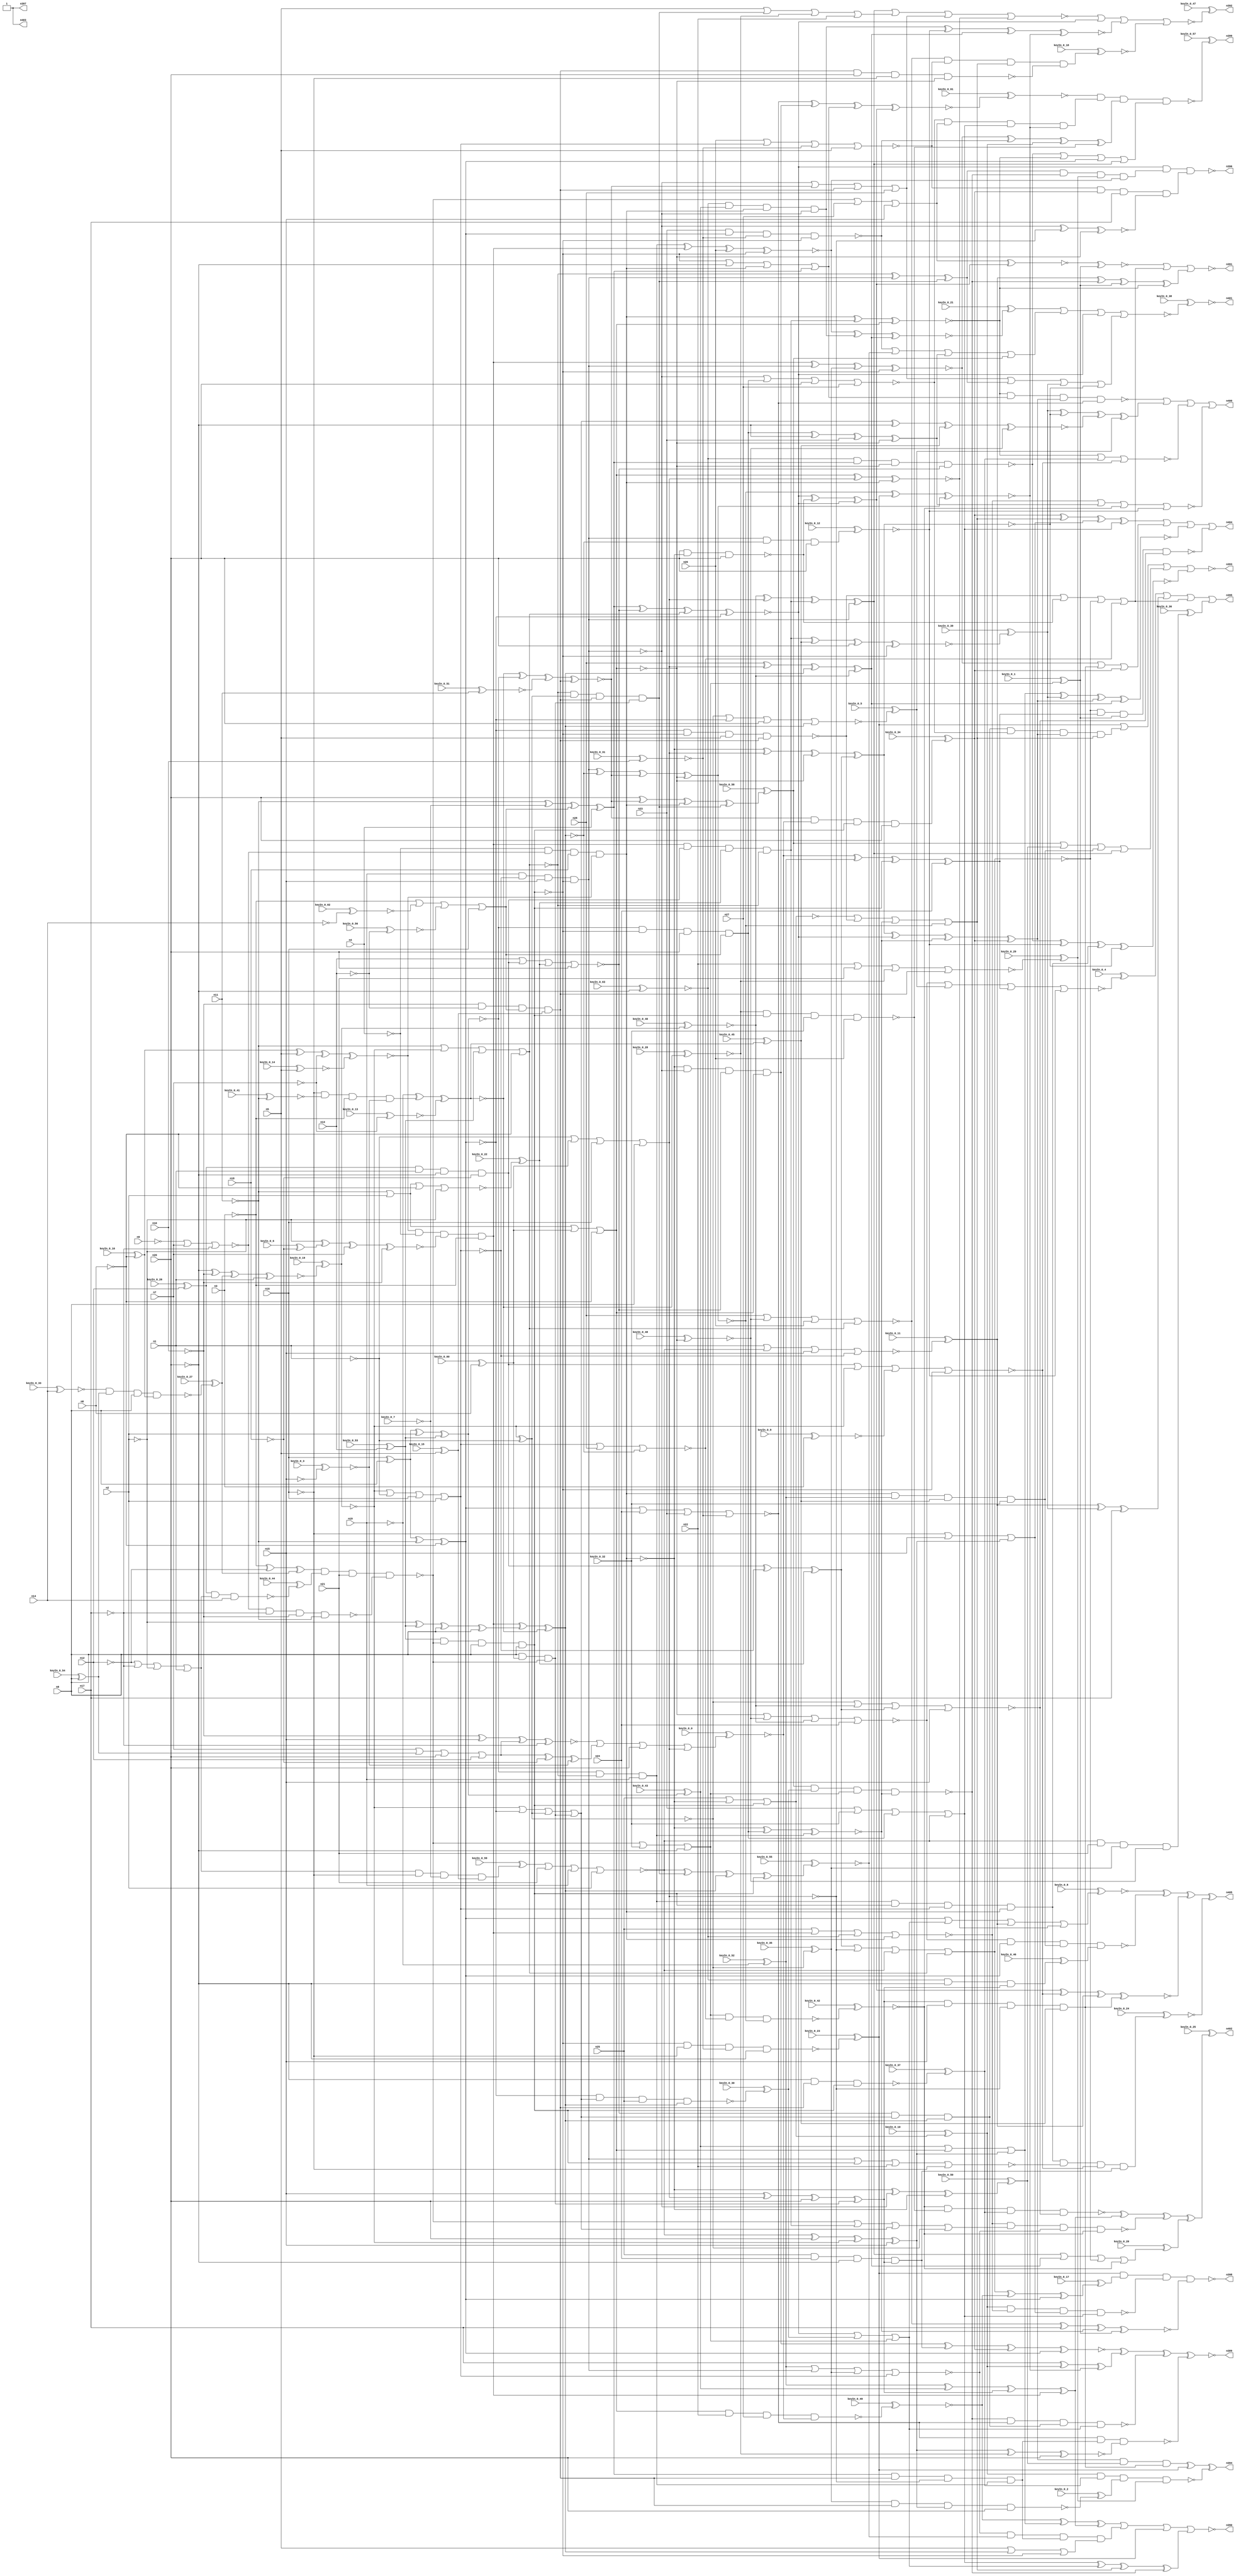


module Stat_377_1329
(
  n1,
  n2,
  n3,
  n4,
  n5,
  n6,
  n7,
  n8,
  n9,
  n10,
  n11,
  n12,
  n13,
  n14,
  n15,
  n16,
  n17,
  n18,
  n19,
  n20,
  n21,
  n22,
  n23,
  n24,
  n25,
  n26,
  n27,
  n28,
  n402,
  n405,
  n395,
  n392,
  n390,
  n397,
  n400,
  n393,
  n403,
  n399,
  n404,
  n401,
  n396,
  n391,
  n389,
  n398,
  n394,
  keyIn_0_0,
  keyIn_0_1,
  keyIn_0_2,
  keyIn_0_3,
  keyIn_0_4,
  keyIn_0_5,
  keyIn_0_6,
  keyIn_0_7,
  keyIn_0_8,
  keyIn_0_9,
  keyIn_0_10,
  keyIn_0_11,
  keyIn_0_12,
  keyIn_0_13,
  keyIn_0_14,
  keyIn_0_15,
  keyIn_0_16,
  keyIn_0_17,
  keyIn_0_18,
  keyIn_0_19,
  keyIn_0_20,
  keyIn_0_21,
  keyIn_0_22,
  keyIn_0_23,
  keyIn_0_24,
  keyIn_0_25,
  keyIn_0_26,
  keyIn_0_27,
  keyIn_0_28,
  keyIn_0_29,
  keyIn_0_30,
  keyIn_0_31,
  keyIn_0_32,
  keyIn_0_33,
  keyIn_0_34,
  keyIn_0_35,
  keyIn_0_36,
  keyIn_0_37,
  keyIn_0_38,
  keyIn_0_39,
  keyIn_0_40,
  keyIn_0_41,
  keyIn_0_42,
  keyIn_0_43,
  keyIn_0_44,
  keyIn_0_45,
  keyIn_0_46,
  keyIn_0_47,
  keyIn_0_48,
  keyIn_0_49,
  keyIn_0_50,
  keyIn_0_51,
  keyIn_0_52,
  keyIn_0_53,
  keyIn_0_54,
  keyIn_0_55,
  keyIn_0_56,
  keyIn_0_57,
  keyIn_0_58,
  keyIn_0_59,
  keyIn_0_60,
  keyIn_0_61,
  keyIn_0_62,
  keyIn_0_63
);

  input n1;
  input n2;
  input n3;
  input n4;
  input n5;
  input n6;
  input n7;
  input n8;
  input n9;
  input n10;
  input n11;
  input n12;
  input n13;
  input n14;
  input n15;
  input n16;
  input n17;
  input n18;
  input n19;
  input n20;
  input n21;
  input n22;
  input n23;
  input n24;
  input n25;
  input n26;
  input n27;
  input n28;
  input keyIn_0_0;
  input keyIn_0_1;
  input keyIn_0_2;
  input keyIn_0_3;
  input keyIn_0_4;
  input keyIn_0_5;
  input keyIn_0_6;
  input keyIn_0_7;
  input keyIn_0_8;
  input keyIn_0_9;
  input keyIn_0_10;
  input keyIn_0_11;
  input keyIn_0_12;
  input keyIn_0_13;
  input keyIn_0_14;
  input keyIn_0_15;
  input keyIn_0_16;
  input keyIn_0_17;
  input keyIn_0_18;
  input keyIn_0_19;
  input keyIn_0_20;
  input keyIn_0_21;
  input keyIn_0_22;
  input keyIn_0_23;
  input keyIn_0_24;
  input keyIn_0_25;
  input keyIn_0_26;
  input keyIn_0_27;
  input keyIn_0_28;
  input keyIn_0_29;
  input keyIn_0_30;
  input keyIn_0_31;
  input keyIn_0_32;
  input keyIn_0_33;
  input keyIn_0_34;
  input keyIn_0_35;
  input keyIn_0_36;
  input keyIn_0_37;
  input keyIn_0_38;
  input keyIn_0_39;
  input keyIn_0_40;
  input keyIn_0_41;
  input keyIn_0_42;
  input keyIn_0_43;
  input keyIn_0_44;
  input keyIn_0_45;
  input keyIn_0_46;
  input keyIn_0_47;
  input keyIn_0_48;
  input keyIn_0_49;
  input keyIn_0_50;
  input keyIn_0_51;
  input keyIn_0_52;
  input keyIn_0_53;
  input keyIn_0_54;
  input keyIn_0_55;
  input keyIn_0_56;
  input keyIn_0_57;
  input keyIn_0_58;
  input keyIn_0_59;
  input keyIn_0_60;
  input keyIn_0_61;
  input keyIn_0_62;
  input keyIn_0_63;
  output n402;
  output n405;
  output n395;
  output n392;
  output n390;
  output n397;
  output n400;
  output n393;
  output n403;
  output n399;
  output n404;
  output n401;
  output n396;
  output n391;
  output n389;
  output n398;
  output n394;
  wire n29;
  wire n30;
  wire n31;
  wire n32;
  wire n33;
  wire n34;
  wire n35;
  wire n36;
  wire n37;
  wire n38;
  wire n39;
  wire n40;
  wire n41;
  wire n42;
  wire n43;
  wire n44;
  wire n45;
  wire n46;
  wire n47;
  wire n48;
  wire n49;
  wire n50;
  wire n51;
  wire n52;
  wire n53;
  wire n54;
  wire n55;
  wire n56;
  wire n57;
  wire n58;
  wire n59;
  wire n60;
  wire n61;
  wire n62;
  wire n63;
  wire n64;
  wire n65;
  wire n66;
  wire n67;
  wire n68;
  wire n69;
  wire n70;
  wire n71;
  wire n72;
  wire n73;
  wire n74;
  wire n75;
  wire n76;
  wire n77;
  wire n78;
  wire n79;
  wire n80;
  wire n81;
  wire n82;
  wire n83;
  wire n84;
  wire n85;
  wire n86;
  wire n87;
  wire n88;
  wire n89;
  wire n90;
  wire n91;
  wire n92;
  wire n93;
  wire n94;
  wire n95;
  wire n96;
  wire n97;
  wire n98;
  wire n99;
  wire n100;
  wire n101;
  wire n102;
  wire n103;
  wire n104;
  wire n105;
  wire n106;
  wire n107;
  wire n108;
  wire n109;
  wire n110;
  wire n111;
  wire n112;
  wire n113;
  wire n114;
  wire n115;
  wire n116;
  wire n117;
  wire n118;
  wire n119;
  wire n120;
  wire n121;
  wire n122;
  wire n123;
  wire n124;
  wire n125;
  wire n126;
  wire n127;
  wire n128;
  wire n129;
  wire n130;
  wire n131;
  wire n132;
  wire n133;
  wire n134;
  wire n135;
  wire n136;
  wire n137;
  wire n138;
  wire n139;
  wire n140;
  wire n141;
  wire n142;
  wire n143;
  wire n144;
  wire n145;
  wire n146;
  wire n147;
  wire n148;
  wire n149;
  wire n150;
  wire n151;
  wire n152;
  wire n153;
  wire n154;
  wire n155;
  wire n156;
  wire n157;
  wire n158;
  wire n159;
  wire n160;
  wire n161;
  wire n162;
  wire n163;
  wire n164;
  wire n165;
  wire n166;
  wire n167;
  wire n168;
  wire n169;
  wire n170;
  wire n171;
  wire n172;
  wire n173;
  wire n174;
  wire n175;
  wire n176;
  wire n177;
  wire n178;
  wire n179;
  wire n180;
  wire n181;
  wire n182;
  wire n183;
  wire n184;
  wire n185;
  wire n186;
  wire n187;
  wire n188;
  wire n189;
  wire n190;
  wire n191;
  wire n192;
  wire n193;
  wire n194;
  wire n195;
  wire n196;
  wire n197;
  wire n198;
  wire n199;
  wire n200;
  wire n201;
  wire n202;
  wire n203;
  wire n204;
  wire n205;
  wire n206;
  wire n207;
  wire n208;
  wire n209;
  wire n210;
  wire n211;
  wire n212;
  wire n213;
  wire n214;
  wire n215;
  wire n216;
  wire n217;
  wire n218;
  wire n219;
  wire n220;
  wire n221;
  wire n222;
  wire n223;
  wire n224;
  wire n225;
  wire n226;
  wire n227;
  wire n228;
  wire n229;
  wire n230;
  wire n231;
  wire n232;
  wire n233;
  wire n234;
  wire n235;
  wire n236;
  wire n237;
  wire n238;
  wire n239;
  wire n240;
  wire n241;
  wire n242;
  wire n243;
  wire n244;
  wire n245;
  wire n246;
  wire n247;
  wire n248;
  wire n249;
  wire n250;
  wire n251;
  wire n252;
  wire n253;
  wire n254;
  wire n255;
  wire n256;
  wire n257;
  wire n258;
  wire n259;
  wire n260;
  wire n261;
  wire n262;
  wire n263;
  wire n264;
  wire n265;
  wire n266;
  wire n267;
  wire n268;
  wire n269;
  wire n270;
  wire n271;
  wire n272;
  wire n273;
  wire n274;
  wire n275;
  wire n276;
  wire n277;
  wire n278;
  wire n279;
  wire n280;
  wire n281;
  wire n282;
  wire n283;
  wire n284;
  wire n285;
  wire n286;
  wire n287;
  wire n288;
  wire n289;
  wire n290;
  wire n291;
  wire n292;
  wire n293;
  wire n294;
  wire n295;
  wire n296;
  wire n297;
  wire n298;
  wire n299;
  wire n300;
  wire n301;
  wire n302;
  wire n303;
  wire n304;
  wire n305;
  wire n306;
  wire n307;
  wire n308;
  wire n309;
  wire n310;
  wire n311;
  wire n312;
  wire n313;
  wire n314;
  wire n315;
  wire n316;
  wire n317;
  wire n318;
  wire n319;
  wire n320;
  wire n321;
  wire n322;
  wire n323;
  wire n324;
  wire n325;
  wire n326;
  wire n327;
  wire n328;
  wire n329;
  wire n330;
  wire n331;
  wire n332;
  wire n333;
  wire n334;
  wire n335;
  wire n336;
  wire n337;
  wire n338;
  wire n339;
  wire n340;
  wire n341;
  wire n342;
  wire n343;
  wire n344;
  wire n345;
  wire n346;
  wire n347;
  wire n348;
  wire n349;
  wire n350;
  wire n351;
  wire n352;
  wire n353;
  wire n354;
  wire n355;
  wire n356;
  wire n357;
  wire n358;
  wire n359;
  wire n360;
  wire n361;
  wire n362;
  wire n363;
  wire n364;
  wire n365;
  wire n366;
  wire n367;
  wire n368;
  wire n369;
  wire n370;
  wire n371;
  wire n372;
  wire n373;
  wire n374;
  wire n375;
  wire n376;
  wire n377;
  wire n378;
  wire n379;
  wire n380;
  wire n381;
  wire n382;
  wire n383;
  wire n384;
  wire n385;
  wire n386;
  wire n387;
  wire n388;
  wire KeyWire_0_0;
  wire KeyWire_0_1;
  wire KeyNOTWire_0_1;
  wire KeyWire_0_2;
  wire KeyNOTWire_0_2;
  wire KeyWire_0_3;
  wire KeyNOTWire_0_3;
  wire KeyWire_0_4;
  wire KeyWire_0_5;
  wire KeyWire_0_6;
  wire KeyNOTWire_0_6;
  wire KeyWire_0_7;
  wire KeyNOTWire_0_7;
  wire KeyWire_0_8;
  wire KeyWire_0_9;
  wire KeyWire_0_10;
  wire KeyWire_0_11;
  wire KeyWire_0_12;
  wire KeyNOTWire_0_12;
  wire KeyWire_0_13;
  wire KeyNOTWire_0_13;
  wire KeyWire_0_14;
  wire KeyNOTWire_0_14;
  wire KeyWire_0_15;
  wire KeyWire_0_16;
  wire KeyWire_0_17;
  wire KeyNOTWire_0_17;
  wire KeyWire_0_18;
  wire KeyWire_0_19;
  wire KeyNOTWire_0_19;
  wire KeyWire_0_20;
  wire KeyNOTWire_0_20;
  wire KeyWire_0_21;
  wire KeyNOTWire_0_21;
  wire KeyWire_0_22;
  wire KeyNOTWire_0_22;
  wire KeyWire_0_23;
  wire KeyWire_0_24;
  wire KeyWire_0_25;
  wire KeyWire_0_26;
  wire KeyWire_0_27;
  wire KeyWire_0_28;
  wire KeyNOTWire_0_28;
  wire KeyWire_0_29;
  wire KeyWire_0_30;
  wire KeyNOTWire_0_30;
  wire KeyWire_0_31;
  wire KeyWire_0_32;
  wire KeyWire_0_33;
  wire KeyNOTWire_0_33;
  wire KeyWire_0_34;
  wire KeyNOTWire_0_34;
  wire KeyWire_0_35;
  wire KeyWire_0_36;
  wire KeyWire_0_37;
  wire KeyWire_0_38;
  wire KeyWire_0_39;
  wire KeyWire_0_40;
  wire KeyNOTWire_0_40;
  wire KeyWire_0_41;
  wire KeyNOTWire_0_41;
  wire KeyWire_0_42;
  wire KeyNOTWire_0_42;
  wire KeyWire_0_43;
  wire KeyWire_0_44;
  wire KeyNOTWire_0_44;
  wire KeyWire_0_45;
  wire KeyWire_0_46;
  wire KeyWire_0_47;
  wire KeyWire_0_48;
  wire KeyNOTWire_0_48;
  wire KeyWire_0_49;
  wire KeyNOTWire_0_49;
  wire KeyWire_0_50;
  wire KeyNOTWire_0_50;
  wire KeyWire_0_51;
  wire KeyWire_0_52;
  wire KeyWire_0_53;
  wire KeyNOTWire_0_53;
  wire KeyWire_0_54;
  wire KeyNOTWire_0_54;
  wire KeyWire_0_55;
  wire KeyNOTWire_0_55;
  wire KeyWire_0_56;
  wire KeyWire_0_57;
  wire KeyNOTWire_0_57;
  wire KeyWire_0_58;
  wire KeyNOTWire_0_58;
  wire KeyWire_0_59;
  wire KeyNOTWire_0_59;
  wire KeyWire_0_60;
  wire KeyNOTWire_0_60;
  wire KeyWire_0_61;
  wire KeyNOTWire_0_61;
  wire KeyWire_0_62;
  wire KeyNOTWire_0_62;
  wire KeyWire_0_63;
  wire KeyNOTWire_0_63;

  buf
  g0
  (
    KeyWire_0_60,
    n6
  );


  not
  g1
  (
    n88,
    n3
  );


  buf
  g2
  (
    KeyWire_0_26,
    n12
  );


  not
  g3
  (
    n92,
    n15
  );


  buf
  g4
  (
    n85,
    n4
  );


  not
  g5
  (
    KeyWire_0_56,
    n13
  );


  not
  g6
  (
    n90,
    n20
  );


  buf
  g7
  (
    n56,
    n9
  );


  buf
  g8
  (
    n77,
    n18
  );


  buf
  g9
  (
    n95,
    n8
  );


  buf
  g10
  (
    KeyWire_0_54,
    n8
  );


  not
  g11
  (
    n29,
    n15
  );


  buf
  g12
  (
    n33,
    n3
  );


  not
  g13
  (
    n37,
    n12
  );


  buf
  g14
  (
    KeyWire_0_53,
    n13
  );


  buf
  g15
  (
    n35,
    n2
  );


  buf
  g16
  (
    n32,
    n1
  );


  not
  g17
  (
    n70,
    n18
  );


  not
  g18
  (
    n103,
    n2
  );


  not
  g19
  (
    n96,
    n6
  );


  buf
  g20
  (
    n66,
    n7
  );


  not
  g21
  (
    n60,
    n17
  );


  buf
  g22
  (
    n43,
    n12
  );


  not
  g23
  (
    KeyWire_0_16,
    n6
  );


  buf
  g24
  (
    n30,
    n17
  );


  not
  g25
  (
    n54,
    n2
  );


  not
  g26
  (
    n41,
    n13
  );


  buf
  g27
  (
    n62,
    n8
  );


  not
  g28
  (
    n57,
    n17
  );


  not
  g29
  (
    KeyWire_0_41,
    n11
  );


  not
  g30
  (
    n80,
    n4
  );


  not
  g31
  (
    n104,
    n16
  );


  buf
  g32
  (
    n34,
    n7
  );


  not
  g33
  (
    n46,
    n9
  );


  buf
  g34
  (
    KeyWire_0_33,
    n14
  );


  buf
  g35
  (
    KeyWire_0_31,
    n10
  );


  not
  g36
  (
    n69,
    n11
  );


  buf
  g37
  (
    n44,
    n19
  );


  not
  g38
  (
    KeyWire_0_3,
    n15
  );


  buf
  g39
  (
    n94,
    n19
  );


  buf
  g40
  (
    KeyWire_0_15,
    n5
  );


  buf
  g41
  (
    n83,
    n15
  );


  not
  g42
  (
    n53,
    n9
  );


  not
  g43
  (
    n79,
    n17
  );


  buf
  g44
  (
    n38,
    n1
  );


  buf
  g45
  (
    n31,
    n5
  );


  buf
  g46
  (
    n55,
    n20
  );


  not
  g47
  (
    KeyWire_0_13,
    n7
  );


  buf
  g48
  (
    KeyWire_0_51,
    n11
  );


  buf
  g49
  (
    KeyWire_0_14,
    n5
  );


  not
  g50
  (
    n48,
    n4
  );


  buf
  g51
  (
    n99,
    n8
  );


  not
  g52
  (
    n86,
    n12
  );


  not
  g53
  (
    n52,
    n10
  );


  not
  g54
  (
    n74,
    n13
  );


  not
  g55
  (
    n100,
    n11
  );


  not
  g56
  (
    KeyWire_0_62,
    n14
  );


  not
  g57
  (
    KeyWire_0_6,
    n18
  );


  not
  g58
  (
    n68,
    n10
  );


  not
  g59
  (
    n82,
    n6
  );


  not
  g60
  (
    n58,
    n14
  );


  not
  g61
  (
    n97,
    n1
  );


  not
  g62
  (
    n67,
    n18
  );


  buf
  g63
  (
    n49,
    n7
  );


  buf
  g64
  (
    n59,
    n16
  );


  not
  g65
  (
    n63,
    n9
  );


  buf
  g66
  (
    n40,
    n19
  );


  buf
  g67
  (
    n91,
    n2
  );


  buf
  g68
  (
    n81,
    n14
  );


  not
  g69
  (
    n78,
    n10
  );


  buf
  g70
  (
    n87,
    n1
  );


  not
  g71
  (
    n76,
    n16
  );


  not
  g72
  (
    n71,
    n4
  );


  not
  g73
  (
    n36,
    n3
  );


  not
  g74
  (
    n73,
    n3
  );


  buf
  g75
  (
    n45,
    n5
  );


  not
  g76
  (
    KeyWire_0_52,
    n19
  );


  buf
  g77
  (
    n98,
    n16
  );


  not
  g78
  (
    n113,
    n37
  );


  buf
  g79
  (
    n117,
    n39
  );


  buf
  g80
  (
    n118,
    n44
  );


  not
  g81
  (
    n110,
    n35
  );


  not
  g82
  (
    n114,
    n43
  );


  buf
  g83
  (
    n116,
    n32
  );


  buf
  g84
  (
    n120,
    n30
  );


  buf
  g85
  (
    KeyWire_0_9,
    n33
  );


  buf
  g86
  (
    n112,
    n36
  );


  buf
  g87
  (
    n121,
    n40
  );


  not
  g88
  (
    n119,
    n31
  );


  buf
  g89
  (
    n111,
    n38
  );


  not
  g90
  (
    n123,
    n29
  );


  buf
  g91
  (
    n108,
    n45
  );


  not
  g92
  (
    n122,
    n41
  );


  buf
  g93
  (
    n107,
    n42
  );


  not
  g94
  (
    n109,
    n34
  );


  and
  g95
  (
    KeyWire_0_7,
    n56,
    n63,
    n58,
    n48
  );


  or
  g96
  (
    n131,
    n112,
    n61,
    n47,
    n59
  );


  nand
  g97
  (
    KeyWire_0_27,
    n51,
    n65,
    n62,
    n64
  );


  xnor
  g98
  (
    n130,
    n64,
    n108,
    n109,
    n50
  );


  xnor
  g99
  (
    n126,
    n54,
    n107,
    n49,
    n52
  );


  or
  g100
  (
    n128,
    n66,
    n65,
    n55,
    n113
  );


  nor
  g101
  (
    n125,
    n53,
    n46,
    n66,
    n57
  );


  or
  g102
  (
    n129,
    n114,
    n60,
    n110,
    n111
  );


  xnor
  g103
  (
    n142,
    n68,
    n83,
    n128,
    n79
  );


  nand
  g104
  (
    KeyWire_0_44,
    n75,
    n129,
    n81
  );


  xnor
  g105
  (
    KeyWire_0_19,
    n90,
    n68,
    n127,
    n87
  );


  nor
  g106
  (
    n139,
    n89,
    n74,
    n82
  );


  and
  g107
  (
    n146,
    n78,
    n74,
    n131,
    n72
  );


  and
  g108
  (
    KeyWire_0_59,
    n129,
    n76,
    n124,
    n72
  );


  nand
  g109
  (
    n140,
    n75,
    n87,
    n90,
    n67
  );


  nand
  g110
  (
    n133,
    n85,
    n80,
    n88
  );


  and
  g111
  (
    n138,
    n76,
    n89,
    n73,
    n84
  );


  nand
  g112
  (
    n136,
    n125,
    n79,
    n78,
    n69
  );


  xor
  g113
  (
    n141,
    n73,
    n86,
    n127
  );


  xor
  g114
  (
    n143,
    n128,
    n70,
    n84
  );


  nand
  g115
  (
    n144,
    n71,
    n125,
    n77,
    n130
  );


  xnor
  g116
  (
    n145,
    n69,
    n124,
    n131,
    n85
  );


  nand
  g117
  (
    n132,
    n77,
    n67,
    n83,
    n126
  );


  and
  g118
  (
    n147,
    n130,
    n71,
    n126,
    n88
  );


  buf
  g119
  (
    n154,
    n20
  );


  buf
  g120
  (
    n150,
    n91
  );


  not
  g121
  (
    n157,
    n140
  );


  buf
  g122
  (
    n156,
    n20
  );


  buf
  g123
  (
    n149,
    n134
  );


  not
  g124
  (
    n153,
    n92
  );


  nor
  g125
  (
    n155,
    n135,
    n21,
    n94,
    n91
  );


  nor
  g126
  (
    n148,
    n93,
    n139,
    n92,
    n133
  );


  xnor
  g127
  (
    n152,
    n94,
    n132,
    n138,
    n93
  );


  nand
  g128
  (
    n151,
    n141,
    n137,
    n21,
    n136
  );


  buf
  g129
  (
    n167,
    n149
  );


  xnor
  g130
  (
    n170,
    n98,
    n99,
    n100,
    n96
  );


  or
  g131
  (
    n160,
    n97,
    n102,
    n98,
    n95
  );


  nand
  g132
  (
    n165,
    n151,
    n103,
    n148
  );


  xor
  g133
  (
    n161,
    n149,
    n148,
    n97
  );


  nor
  g134
  (
    n159,
    n149,
    n97,
    n98,
    n150
  );


  nor
  g135
  (
    KeyWire_0_22,
    n100,
    n150,
    n96,
    n103
  );


  and
  g136
  (
    n168,
    n99,
    n102,
    n151
  );


  nand
  g137
  (
    n169,
    n101,
    n151,
    n95,
    n99
  );


  nor
  g138
  (
    n166,
    n100,
    n149,
    n101,
    n96
  );


  xnor
  g139
  (
    n162,
    n95,
    n98,
    n150,
    n101
  );


  or
  g140
  (
    n163,
    n150,
    n100,
    n102,
    n96
  );


  xor
  g141
  (
    n158,
    n103,
    n101,
    n99,
    n95
  );


  not
  g142
  (
    n215,
    n170
  );


  not
  g143
  (
    n173,
    n156
  );


  buf
  g144
  (
    n174,
    n144
  );


  buf
  g145
  (
    n199,
    n146
  );


  not
  g146
  (
    n209,
    n163
  );


  buf
  g147
  (
    n211,
    n155
  );


  not
  g148
  (
    KeyWire_0_43,
    n162
  );


  not
  g149
  (
    n197,
    n166
  );


  not
  g150
  (
    n210,
    n159
  );


  not
  g151
  (
    n212,
    n119
  );


  buf
  g152
  (
    n213,
    n165
  );


  not
  g153
  (
    n205,
    n163
  );


  buf
  g154
  (
    n189,
    n160
  );


  buf
  g155
  (
    n187,
    n147
  );


  not
  g156
  (
    n176,
    n154
  );


  not
  g157
  (
    KeyWire_0_45,
    n152
  );


  not
  g158
  (
    KeyWire_0_35,
    n161
  );


  buf
  g159
  (
    n177,
    n163
  );


  not
  g160
  (
    KeyWire_0_40,
    n167
  );


  not
  g161
  (
    KeyWire_0_48,
    n163
  );


  buf
  g162
  (
    n188,
    n151
  );


  not
  g163
  (
    n203,
    n161
  );


  buf
  g164
  (
    n219,
    n120
  );


  buf
  g165
  (
    KeyWire_0_28,
    n152
  );


  buf
  g166
  (
    n186,
    n146
  );


  buf
  g167
  (
    n183,
    n156
  );


  not
  g168
  (
    n196,
    n160
  );


  not
  g169
  (
    n184,
    n145
  );


  buf
  g170
  (
    n182,
    n153
  );


  buf
  g171
  (
    n198,
    n170
  );


  buf
  g172
  (
    n171,
    n169
  );


  not
  g173
  (
    KeyWire_0_32,
    n165
  );


  not
  g174
  (
    n216,
    n170
  );


  and
  g175
  (
    n200,
    n162,
    n166,
    n121
  );


  xnor
  g176
  (
    n208,
    n152,
    n162,
    n117,
    n146
  );


  xnor
  g177
  (
    n175,
    n147,
    n158,
    n152,
    n165
  );


  xor
  g178
  (
    n206,
    n155,
    n154,
    n167,
    n153
  );


  nor
  g179
  (
    n201,
    n155,
    n147,
    n168,
    n165
  );


  and
  g180
  (
    n178,
    n166,
    n161,
    n146,
    n168
  );


  nor
  g181
  (
    KeyWire_0_11,
    n116,
    n155,
    n153,
    n159
  );


  and
  g182
  (
    n191,
    n147,
    n157,
    n164,
    n166
  );


  or
  g183
  (
    n204,
    n167,
    n170,
    n161,
    n168
  );


  nor
  g184
  (
    n217,
    n157,
    n167,
    n115,
    n169
  );


  and
  g185
  (
    n207,
    n162,
    n169,
    n156,
    n131
  );


  nor
  g186
  (
    n194,
    n122,
    n157,
    n164,
    n154
  );


  or
  g187
  (
    KeyWire_0_0,
    n142,
    n143,
    n154,
    n160
  );


  xor
  g188
  (
    n193,
    n157,
    n159,
    n164
  );


  and
  g189
  (
    n172,
    n118,
    n159,
    n123,
    n169
  );


  xor
  g190
  (
    n180,
    n153,
    n160,
    n156,
    n168
  );


  not
  g191
  (
    n225,
    n175
  );


  buf
  g192
  (
    n228,
    n172
  );


  buf
  g193
  (
    n229,
    n171
  );


  not
  g194
  (
    n230,
    n172
  );


  not
  g195
  (
    n227,
    n174
  );


  buf
  g196
  (
    n223,
    n174
  );


  buf
  g197
  (
    n235,
    n172
  );


  not
  g198
  (
    n221,
    n173
  );


  buf
  g199
  (
    n224,
    n173
  );


  not
  g200
  (
    n234,
    n171
  );


  buf
  g201
  (
    n232,
    n175
  );


  buf
  g202
  (
    n233,
    n174
  );


  buf
  g203
  (
    KeyWire_0_63,
    n173
  );


  not
  g204
  (
    n231,
    n172
  );


  not
  g205
  (
    n237,
    n171
  );


  not
  g206
  (
    n220,
    n174
  );


  not
  g207
  (
    n226,
    n173
  );


  buf
  g208
  (
    n236,
    n171
  );


  xnor
  g209
  (
    n283,
    n206,
    n214,
    n226
  );


  xnor
  g210
  (
    n278,
    n231,
    n196,
    n209
  );


  nor
  g211
  (
    n245,
    n25,
    n223,
    n234
  );


  or
  g212
  (
    n291,
    n212,
    n232,
    n236
  );


  and
  g213
  (
    KeyWire_0_12,
    n235,
    n225,
    n183
  );


  nor
  g214
  (
    n242,
    n210,
    n28,
    n225
  );


  xnor
  g215
  (
    n300,
    n227,
    n191,
    n177
  );


  xor
  g216
  (
    n238,
    n223,
    n207,
    n200
  );


  and
  g217
  (
    KeyWire_0_46,
    n222,
    n176,
    n180
  );


  and
  g218
  (
    n290,
    n183,
    n201,
    n203
  );


  or
  g219
  (
    n241,
    n188,
    n190,
    n224
  );


  and
  g220
  (
    n307,
    n193,
    n188,
    n201
  );


  or
  g221
  (
    n284,
    n202,
    n177,
    n206
  );


  nand
  g222
  (
    KeyWire_0_37,
    n224,
    n186,
    n237
  );


  nand
  g223
  (
    n270,
    n222,
    n184,
    n205,
    n194
  );


  or
  g224
  (
    n294,
    n229,
    n224,
    n220,
    n184
  );


  xor
  g225
  (
    n240,
    n184,
    n194,
    n197,
    n198
  );


  nor
  g226
  (
    n275,
    n231,
    n207,
    n183,
    n27
  );


  and
  g227
  (
    n280,
    n184,
    n186,
    n196,
    n200
  );


  xnor
  g228
  (
    n239,
    n228,
    n225,
    n208,
    n209
  );


  nand
  g229
  (
    n263,
    n199,
    n221,
    n104,
    n209
  );


  nor
  g230
  (
    KeyWire_0_29,
    n22,
    n21,
    n214,
    n199
  );


  xor
  g231
  (
    KeyWire_0_55,
    n211,
    n178,
    n175,
    n234
  );


  or
  g232
  (
    n286,
    n188,
    n191,
    n204,
    n203
  );


  nor
  g233
  (
    n255,
    n203,
    n195,
    n193,
    n182
  );


  xor
  g234
  (
    n277,
    n181,
    n105,
    n234,
    n24
  );


  xor
  g235
  (
    n282,
    n105,
    n202,
    n180,
    n187
  );


  nand
  g236
  (
    n293,
    n211,
    n21,
    n192,
    n179
  );


  xor
  g237
  (
    n268,
    n213,
    n197,
    n235,
    n178
  );


  nor
  g238
  (
    n256,
    n209,
    n179,
    n195,
    n24
  );


  nand
  g239
  (
    n251,
    n198,
    n236,
    n212,
    n186
  );


  xor
  g240
  (
    n295,
    n207,
    n224,
    n23,
    n205
  );


  xor
  g241
  (
    n303,
    n28,
    n189,
    n232,
    n195
  );


  or
  g242
  (
    n274,
    n231,
    n208,
    n199,
    n28
  );


  xor
  g243
  (
    KeyWire_0_58,
    n226,
    n208,
    n220,
    n178
  );


  nor
  g244
  (
    n281,
    n28,
    n179,
    n26,
    n197
  );


  xnor
  g245
  (
    n287,
    n213,
    n205,
    n189,
    n227
  );


  xor
  g246
  (
    n247,
    n223,
    n189,
    n205,
    n193
  );


  and
  g247
  (
    n269,
    n25,
    n24,
    n176,
    n180
  );


  nand
  g248
  (
    KeyWire_0_49,
    n177,
    n22,
    n27,
    n181
  );


  nand
  g249
  (
    KeyWire_0_23,
    n236,
    n104,
    n106,
    n176
  );


  nand
  g250
  (
    n257,
    n23,
    n215,
    n106,
    n229
  );


  nand
  g251
  (
    n265,
    n214,
    n237,
    n190,
    n26
  );


  and
  g252
  (
    n304,
    n233,
    n230,
    n194,
    n177
  );


  and
  g253
  (
    n261,
    n222,
    n202,
    n227,
    n231
  );


  and
  g254
  (
    n301,
    n180,
    n182,
    n196,
    n185
  );


  or
  g255
  (
    n264,
    n212,
    n178,
    n214,
    n22
  );


  nand
  g256
  (
    n250,
    n226,
    n233,
    n221
  );


  xnor
  g257
  (
    n273,
    n187,
    n228,
    n192,
    n229
  );


  xor
  g258
  (
    n298,
    n195,
    n189,
    n191,
    n235
  );


  nor
  g259
  (
    n267,
    n105,
    n228,
    n192,
    n210
  );


  nor
  g260
  (
    n297,
    n215,
    n24,
    n23,
    n106
  );


  and
  g261
  (
    n285,
    n194,
    n204,
    n232,
    n213
  );


  nand
  g262
  (
    KeyWire_0_2,
    n192,
    n186,
    n206,
    n183
  );


  and
  g263
  (
    KeyWire_0_34,
    n208,
    n181,
    n237,
    n221
  );


  and
  g264
  (
    n271,
    n200,
    n237,
    n210,
    n220
  );


  nor
  g265
  (
    n279,
    n26,
    n210,
    n106,
    n212
  );


  xnor
  g266
  (
    n299,
    n200,
    n187,
    n26,
    n229
  );


  or
  g267
  (
    n305,
    n23,
    n190,
    n207,
    n211
  );


  nor
  g268
  (
    n243,
    n193,
    n196,
    n211,
    n197
  );


  nand
  g269
  (
    n292,
    n228,
    n230,
    n181,
    n199
  );


  or
  g270
  (
    n276,
    n188,
    n27,
    n182
  );


  nor
  g271
  (
    KeyWire_0_5,
    n203,
    n198,
    n226,
    n175
  );


  or
  g272
  (
    n288,
    n104,
    n201,
    n182,
    n206
  );


  xnor
  g273
  (
    KeyWire_0_39,
    n191,
    n185,
    n221,
    n236
  );


  and
  g274
  (
    n262,
    n227,
    n105,
    n185,
    n190
  );


  xor
  g275
  (
    KeyWire_0_50,
    n223,
    n230,
    n201,
    n233
  );


  nor
  g276
  (
    n306,
    n25,
    n187,
    n222,
    n220
  );


  xnor
  g277
  (
    n296,
    n204,
    n176,
    n185,
    n179
  );


  nor
  g278
  (
    n249,
    n225,
    n202,
    n230,
    n213
  );


  nand
  g279
  (
    KeyWire_0_30,
    n198,
    n204,
    n25,
    n232
  );


  nor
  g280
  (
    n266,
    n235,
    n234,
    n22,
    n104
  );


  buf
  g281
  (
    n312,
    n239
  );


  not
  g282
  (
    n315,
    n238
  );


  buf
  g283
  (
    n313,
    n241
  );


  not
  g284
  (
    n311,
    n240
  );


  not
  g285
  (
    n314,
    n240
  );


  not
  g286
  (
    n310,
    n239
  );


  buf
  g287
  (
    n330,
    n248
  );


  buf
  g288
  (
    n331,
    n314
  );


  not
  g289
  (
    n325,
    n249
  );


  not
  g290
  (
    KeyWire_0_10,
    n245
  );


  buf
  g291
  (
    n322,
    n243
  );


  buf
  g292
  (
    KeyWire_0_1,
    n241
  );


  not
  g293
  (
    n317,
    n247
  );


  buf
  g294
  (
    n328,
    n246
  );


  buf
  g295
  (
    n323,
    n244
  );


  xor
  g296
  (
    n326,
    n311,
    n250,
    n314
  );


  or
  g297
  (
    n329,
    n245,
    n251,
    n315,
    n312
  );


  nand
  g298
  (
    KeyWire_0_42,
    n313,
    n242,
    n312
  );


  xor
  g299
  (
    n320,
    n247,
    n314,
    n315,
    n246
  );


  nand
  g300
  (
    n318,
    n244,
    n252,
    n313,
    n315
  );


  or
  g301
  (
    n332,
    n251,
    n250,
    n243,
    n242
  );


  or
  g302
  (
    n319,
    n314,
    n252,
    n313
  );


  xnor
  g303
  (
    n324,
    n312,
    n249,
    n248,
    n310
  );


  buf
  g304
  (
    n358,
    n282
  );


  not
  g305
  (
    KeyWire_0_36,
    n293
  );


  not
  g306
  (
    n372,
    n289
  );


  nand
  g307
  (
    n385,
    n320,
    n259,
    n301,
    n292
  );


  xor
  g308
  (
    n360,
    n253,
    n284,
    n290,
    n282
  );


  or
  g309
  (
    n371,
    n257,
    n260,
    n295,
    n323
  );


  xnor
  g310
  (
    KeyWire_0_21,
    n307,
    n299,
    n261,
    n303
  );


  xor
  g311
  (
    n381,
    n273,
    n257,
    n321,
    n265
  );


  nor
  g312
  (
    n380,
    n306,
    n295,
    n327,
    n309
  );


  nand
  g313
  (
    n343,
    n297,
    n280,
    n283
  );


  xnor
  g314
  (
    n349,
    n284,
    n308,
    n320,
    n303
  );


  nor
  g315
  (
    KeyWire_0_4,
    n256,
    n272,
    n277,
    n309
  );


  and
  g316
  (
    n366,
    n266,
    n216,
    n323,
    n299
  );


  nor
  g317
  (
    n353,
    n300,
    n302,
    n217
  );


  nand
  g318
  (
    n375,
    n321,
    n306,
    n288,
    n305
  );


  xor
  g319
  (
    n374,
    n218,
    n318,
    n316,
    n300
  );


  xor
  g320
  (
    n361,
    n218,
    n308,
    n219,
    n307
  );


  xnor
  g321
  (
    n370,
    n304,
    n269,
    n328,
    n216
  );


  or
  g322
  (
    n336,
    n323,
    n259,
    n262,
    n298
  );


  xor
  g323
  (
    n369,
    n305,
    n319,
    n329,
    n318
  );


  or
  g324
  (
    KeyWire_0_8,
    n215,
    n319,
    n218,
    n287
  );


  xnor
  g325
  (
    n363,
    n291,
    n326,
    n278,
    n286
  );


  nand
  g326
  (
    n348,
    n306,
    n286,
    n267,
    n327
  );


  or
  g327
  (
    n342,
    n319,
    n325,
    n264
  );


  and
  g328
  (
    n350,
    n268,
    n318,
    n258,
    n299
  );


  and
  g329
  (
    n345,
    n279,
    n328,
    n219,
    n278
  );


  xnor
  g330
  (
    n334,
    n276,
    n326,
    n325,
    n316
  );


  or
  g331
  (
    n347,
    n270,
    n300,
    n216,
    n298
  );


  nand
  g332
  (
    n387,
    n256,
    n215,
    n262,
    n289
  );


  xnor
  g333
  (
    n355,
    n261,
    n309,
    n303,
    n324
  );


  nand
  g334
  (
    n367,
    n321,
    n302,
    n254,
    n258
  );


  nor
  g335
  (
    n378,
    n301,
    n292,
    n304
  );


  or
  g336
  (
    n338,
    n273,
    n301,
    n328,
    n290
  );


  nand
  g337
  (
    n354,
    n307,
    n263,
    n293,
    n317
  );


  nand
  g338
  (
    n368,
    n327,
    n265,
    n302,
    n255
  );


  xor
  g339
  (
    n341,
    n219,
    n321,
    n324
  );


  and
  g340
  (
    n346,
    n285,
    n275,
    n320,
    n329
  );


  nand
  g341
  (
    n340,
    n322,
    n277,
    n316,
    n255
  );


  xor
  g342
  (
    KeyWire_0_17,
    n325,
    n322,
    n253,
    n216
  );


  nor
  g343
  (
    n359,
    n298,
    n264,
    n274,
    n287
  );


  or
  g344
  (
    KeyWire_0_20,
    n298,
    n303,
    n322,
    n327
  );


  and
  g345
  (
    n351,
    n296,
    n302,
    n299,
    n322
  );


  and
  g346
  (
    n379,
    n275,
    n276,
    n305,
    n324
  );


  xnor
  g347
  (
    KeyWire_0_61,
    n297,
    n304,
    n294,
    n326
  );


  nand
  g348
  (
    n377,
    n300,
    n294,
    n320,
    n297
  );


  xor
  g349
  (
    n384,
    n308,
    n317,
    n296,
    n272
  );


  and
  g350
  (
    KeyWire_0_24,
    n271,
    n266,
    n217,
    n269
  );


  nand
  g351
  (
    n386,
    n318,
    n297,
    n285,
    n319
  );


  xor
  g352
  (
    n339,
    n328,
    n329,
    n288,
    n305
  );


  or
  g353
  (
    n365,
    n274,
    n268,
    n308,
    n317
  );


  and
  g354
  (
    KeyWire_0_18,
    n281,
    n279,
    n329,
    n263
  );


  xnor
  g355
  (
    n382,
    n326,
    n217,
    n218,
    n301
  );


  nand
  g356
  (
    n335,
    n307,
    n254,
    n323,
    n306
  );


  and
  g357
  (
    n356,
    n267,
    n260,
    n280,
    n291
  );


  xnor
  g358
  (
    n352,
    n281,
    n219,
    n315,
    n316
  );


  xnor
  g359
  (
    n376,
    n270,
    n309,
    n271,
    n317
  );


  nor
  g360
  (
    n393,
    n330,
    n346,
    n336,
    n376
  );


  or
  g361
  (
    n395,
    n373,
    n361,
    n332,
    n383
  );


  xor
  g362
  (
    KeyWire_0_25,
    n368,
    n358,
    n348,
    n333
  );


  nor
  g363
  (
    KeyWire_0_38,
    n357,
    n371,
    n331,
    n365
  );


  xor
  g364
  (
    n405,
    n362,
    n387,
    n382,
    n388
  );


  nor
  g365
  (
    n391,
    n334,
    n332,
    n374
  );


  nand
  g366
  (
    n398,
    n330,
    n344,
    n375,
    n352
  );


  xnor
  g367
  (
    n389,
    n370,
    n341,
    n386,
    n343
  );


  or
  g368
  (
    n397,
    n332,
    n372,
    n331,
    n342
  );


  nor
  g369
  (
    KeyWire_0_47,
    n359,
    n331,
    n355,
    n337
  );


  or
  g370
  (
    n400,
    n377,
    n384,
    n353,
    n380
  );


  nand
  g371
  (
    n396,
    n331,
    n350,
    n335,
    n345
  );


  nor
  g372
  (
    n390,
    n360,
    n356,
    n330,
    n369
  );


  nand
  g373
  (
    KeyWire_0_57,
    n364,
    n379,
    n381,
    n347
  );


  nand
  g374
  (
    n403,
    n378,
    n363,
    n366,
    n351
  );


  xor
  g375
  (
    n394,
    n354,
    n385,
    n330,
    n367
  );


  or
  g376
  (
    n404,
    n339,
    n338,
    n349,
    n340
  );


  xnor
  KeyGate_0_0
  (
    n181,
    keyIn_0_0,
    KeyWire_0_0
  );


  xnor
  KeyGate_0_1
  (
    KeyNOTWire_0_1,
    keyIn_0_1,
    KeyWire_0_1
  );


  not
  KeyNOTGate_0_1
  (
    n316,
    KeyNOTWire_0_1
  );


  xnor
  KeyGate_0_2
  (
    KeyNOTWire_0_2,
    keyIn_0_2,
    KeyWire_0_2
  );


  not
  KeyNOTGate_0_2
  (
    n254,
    KeyNOTWire_0_2
  );


  xor
  KeyGate_0_3
  (
    KeyNOTWire_0_3,
    keyIn_0_3,
    KeyWire_0_3
  );


  not
  KeyNOTGate_0_3
  (
    n84,
    KeyNOTWire_0_3
  );


  xor
  KeyGate_0_4
  (
    n373,
    keyIn_0_4,
    KeyWire_0_4
  );


  xor
  KeyGate_0_5
  (
    n272,
    keyIn_0_5,
    KeyWire_0_5
  );


  xnor
  KeyGate_0_6
  (
    KeyNOTWire_0_6,
    keyIn_0_6,
    KeyWire_0_6
  );


  not
  KeyNOTGate_0_6
  (
    n42,
    KeyNOTWire_0_6
  );


  xor
  KeyGate_0_7
  (
    KeyNOTWire_0_7,
    keyIn_0_7,
    KeyWire_0_7
  );


  not
  KeyNOTGate_0_7
  (
    n124,
    KeyNOTWire_0_7
  );


  xnor
  KeyGate_0_8
  (
    n362,
    keyIn_0_8,
    KeyWire_0_8
  );


  xnor
  KeyGate_0_9
  (
    n115,
    keyIn_0_9,
    KeyWire_0_9
  );


  xor
  KeyGate_0_10
  (
    n321,
    keyIn_0_10,
    KeyWire_0_10
  );


  xor
  KeyGate_0_11
  (
    n218,
    keyIn_0_11,
    KeyWire_0_11
  );


  xor
  KeyGate_0_12
  (
    KeyNOTWire_0_12,
    keyIn_0_12,
    KeyWire_0_12
  );


  not
  KeyNOTGate_0_12
  (
    n309,
    KeyNOTWire_0_12
  );


  xor
  KeyGate_0_13
  (
    KeyNOTWire_0_13,
    keyIn_0_13,
    KeyWire_0_13
  );


  not
  KeyNOTGate_0_13
  (
    n93,
    KeyNOTWire_0_13
  );


  xor
  KeyGate_0_14
  (
    KeyNOTWire_0_14,
    keyIn_0_14,
    KeyWire_0_14
  );


  not
  KeyNOTGate_0_14
  (
    n50,
    KeyNOTWire_0_14
  );


  xor
  KeyGate_0_15
  (
    n72,
    keyIn_0_15,
    KeyWire_0_15
  );


  xor
  KeyGate_0_16
  (
    n64,
    keyIn_0_16,
    KeyWire_0_16
  );


  xnor
  KeyGate_0_17
  (
    KeyNOTWire_0_17,
    keyIn_0_17,
    KeyWire_0_17
  );


  not
  KeyNOTGate_0_17
  (
    n344,
    KeyNOTWire_0_17
  );


  xnor
  KeyGate_0_18
  (
    n337,
    keyIn_0_18,
    KeyWire_0_18
  );


  xor
  KeyGate_0_19
  (
    KeyNOTWire_0_19,
    keyIn_0_19,
    KeyWire_0_19
  );


  not
  KeyNOTGate_0_19
  (
    n134,
    KeyNOTWire_0_19
  );


  xnor
  KeyGate_0_20
  (
    KeyNOTWire_0_20,
    keyIn_0_20,
    KeyWire_0_20
  );


  not
  KeyNOTGate_0_20
  (
    n333,
    KeyNOTWire_0_20
  );


  xnor
  KeyGate_0_21
  (
    KeyNOTWire_0_21,
    keyIn_0_21,
    KeyWire_0_21
  );


  not
  KeyNOTGate_0_21
  (
    n357,
    KeyNOTWire_0_21
  );


  xnor
  KeyGate_0_22
  (
    KeyNOTWire_0_22,
    keyIn_0_22,
    KeyWire_0_22
  );


  not
  KeyNOTGate_0_22
  (
    n164,
    KeyNOTWire_0_22
  );


  xor
  KeyGate_0_23
  (
    n248,
    keyIn_0_23,
    KeyWire_0_23
  );


  xnor
  KeyGate_0_24
  (
    n388,
    keyIn_0_24,
    KeyWire_0_24
  );


  xor
  KeyGate_0_25
  (
    n402,
    keyIn_0_25,
    KeyWire_0_25
  );


  xor
  KeyGate_0_26
  (
    n75,
    keyIn_0_26,
    KeyWire_0_26
  );


  xor
  KeyGate_0_27
  (
    n127,
    keyIn_0_27,
    KeyWire_0_27
  );


  xor
  KeyGate_0_28
  (
    KeyNOTWire_0_28,
    keyIn_0_28,
    KeyWire_0_28
  );


  not
  KeyNOTGate_0_28
  (
    n214,
    KeyNOTWire_0_28
  );


  xor
  KeyGate_0_29
  (
    n258,
    keyIn_0_29,
    KeyWire_0_29
  );


  xnor
  KeyGate_0_30
  (
    KeyNOTWire_0_30,
    keyIn_0_30,
    KeyWire_0_30
  );


  not
  KeyNOTGate_0_30
  (
    n252,
    KeyNOTWire_0_30
  );


  xnor
  KeyGate_0_31
  (
    n106,
    keyIn_0_31,
    KeyWire_0_31
  );


  xor
  KeyGate_0_32
  (
    n190,
    keyIn_0_32,
    KeyWire_0_32
  );


  xor
  KeyGate_0_33
  (
    KeyNOTWire_0_33,
    keyIn_0_33,
    KeyWire_0_33
  );


  not
  KeyNOTGate_0_33
  (
    n51,
    KeyNOTWire_0_33
  );


  xnor
  KeyGate_0_34
  (
    KeyNOTWire_0_34,
    keyIn_0_34,
    KeyWire_0_34
  );


  not
  KeyNOTGate_0_34
  (
    n246,
    KeyNOTWire_0_34
  );


  xor
  KeyGate_0_35
  (
    n192,
    keyIn_0_35,
    KeyWire_0_35
  );


  xor
  KeyGate_0_36
  (
    n383,
    keyIn_0_36,
    KeyWire_0_36
  );


  xor
  KeyGate_0_37
  (
    n302,
    keyIn_0_37,
    KeyWire_0_37
  );


  xnor
  KeyGate_0_38
  (
    n401,
    keyIn_0_38,
    KeyWire_0_38
  );


  xor
  KeyGate_0_39
  (
    n308,
    keyIn_0_39,
    KeyWire_0_39
  );


  xor
  KeyGate_0_40
  (
    KeyNOTWire_0_40,
    keyIn_0_40,
    KeyWire_0_40
  );


  not
  KeyNOTGate_0_40
  (
    n195,
    KeyNOTWire_0_40
  );


  xor
  KeyGate_0_41
  (
    KeyNOTWire_0_41,
    keyIn_0_41,
    KeyWire_0_41
  );


  not
  KeyNOTGate_0_41
  (
    n89,
    KeyNOTWire_0_41
  );


  xor
  KeyGate_0_42
  (
    KeyNOTWire_0_42,
    keyIn_0_42,
    KeyWire_0_42
  );


  not
  KeyNOTGate_0_42
  (
    n327,
    KeyNOTWire_0_42
  );


  xor
  KeyGate_0_43
  (
    n202,
    keyIn_0_43,
    KeyWire_0_43
  );


  xnor
  KeyGate_0_44
  (
    KeyNOTWire_0_44,
    keyIn_0_44,
    KeyWire_0_44
  );


  not
  KeyNOTGate_0_44
  (
    n137,
    KeyNOTWire_0_44
  );


  xor
  KeyGate_0_45
  (
    n185,
    keyIn_0_45,
    KeyWire_0_45
  );


  xor
  KeyGate_0_46
  (
    n289,
    keyIn_0_46,
    KeyWire_0_46
  );


  xor
  KeyGate_0_47
  (
    n392,
    keyIn_0_47,
    KeyWire_0_47
  );


  xor
  KeyGate_0_48
  (
    KeyNOTWire_0_48,
    keyIn_0_48,
    KeyWire_0_48
  );


  not
  KeyNOTGate_0_48
  (
    n179,
    KeyNOTWire_0_48
  );


  xor
  KeyGate_0_49
  (
    KeyNOTWire_0_49,
    keyIn_0_49,
    KeyWire_0_49
  );


  not
  KeyNOTGate_0_49
  (
    n253,
    KeyNOTWire_0_49
  );


  xnor
  KeyGate_0_50
  (
    KeyNOTWire_0_50,
    keyIn_0_50,
    KeyWire_0_50
  );


  not
  KeyNOTGate_0_50
  (
    n259,
    KeyNOTWire_0_50
  );


  xnor
  KeyGate_0_51
  (
    n39,
    keyIn_0_51,
    KeyWire_0_51
  );


  xor
  KeyGate_0_52
  (
    n105,
    keyIn_0_52,
    KeyWire_0_52
  );


  xnor
  KeyGate_0_53
  (
    KeyNOTWire_0_53,
    keyIn_0_53,
    KeyWire_0_53
  );


  not
  KeyNOTGate_0_53
  (
    n101,
    KeyNOTWire_0_53
  );


  xnor
  KeyGate_0_54
  (
    KeyNOTWire_0_54,
    keyIn_0_54,
    KeyWire_0_54
  );


  not
  KeyNOTGate_0_54
  (
    n65,
    KeyNOTWire_0_54
  );


  xor
  KeyGate_0_55
  (
    KeyNOTWire_0_55,
    keyIn_0_55,
    KeyWire_0_55
  );


  not
  KeyNOTGate_0_55
  (
    n260,
    KeyNOTWire_0_55
  );


  xnor
  KeyGate_0_56
  (
    n47,
    keyIn_0_56,
    KeyWire_0_56
  );


  xnor
  KeyGate_0_57
  (
    KeyNOTWire_0_57,
    keyIn_0_57,
    KeyWire_0_57
  );


  not
  KeyNOTGate_0_57
  (
    n399,
    KeyNOTWire_0_57
  );


  xnor
  KeyGate_0_58
  (
    KeyNOTWire_0_58,
    keyIn_0_58,
    KeyWire_0_58
  );


  not
  KeyNOTGate_0_58
  (
    n244,
    KeyNOTWire_0_58
  );


  xnor
  KeyGate_0_59
  (
    KeyNOTWire_0_59,
    keyIn_0_59,
    KeyWire_0_59
  );


  not
  KeyNOTGate_0_59
  (
    n135,
    KeyNOTWire_0_59
  );


  xnor
  KeyGate_0_60
  (
    KeyNOTWire_0_60,
    keyIn_0_60,
    KeyWire_0_60
  );


  not
  KeyNOTGate_0_60
  (
    n102,
    KeyNOTWire_0_60
  );


  xor
  KeyGate_0_61
  (
    KeyNOTWire_0_61,
    keyIn_0_61,
    KeyWire_0_61
  );


  not
  KeyNOTGate_0_61
  (
    n364,
    KeyNOTWire_0_61
  );


  xor
  KeyGate_0_62
  (
    KeyNOTWire_0_62,
    keyIn_0_62,
    KeyWire_0_62
  );


  not
  KeyNOTGate_0_62
  (
    n61,
    KeyNOTWire_0_62
  );


  xor
  KeyGate_0_63
  (
    KeyNOTWire_0_63,
    keyIn_0_63,
    KeyWire_0_63
  );


  not
  KeyNOTGate_0_63
  (
    n222,
    KeyNOTWire_0_63
  );


endmodule